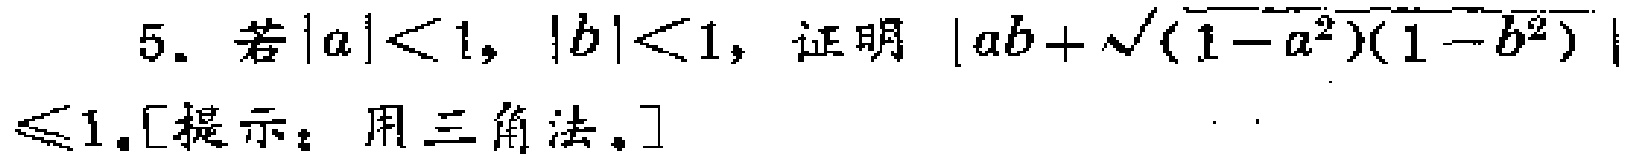
5. 若\(|a|<1\)，\(|b|<1\)，证明\(|ab + \sqrt{(1 - a^{2})(1 - b^{2})}| \leq 1\).[提示：用三角法。]